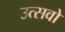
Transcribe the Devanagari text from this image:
उत्सवो